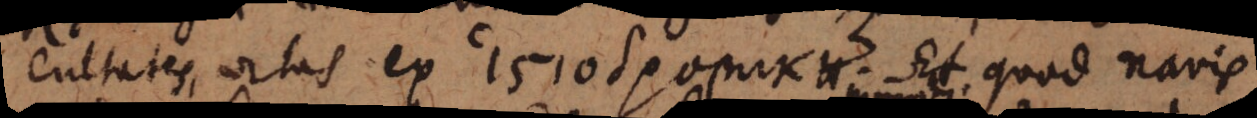
cultates, ortas ex 1510 _. Et quod navis